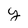
Character: y